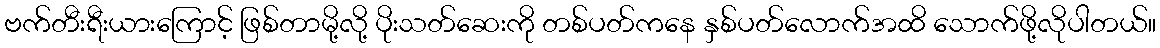
ဗက်တီးရီးယားကြောင့် ဖြစ်တာမို့လို့ ပိုးသတ်ဆေးကို တစ်ပတ်ကနေ နှစ်ပတ်လောက်အထိ သောက်ဖို့လိုပါတယ်။